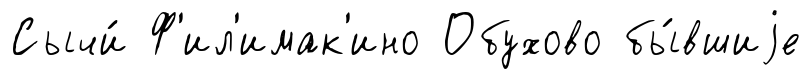
Сычи́ Ф'ил'имак'ино Обухово бы́вшиjе